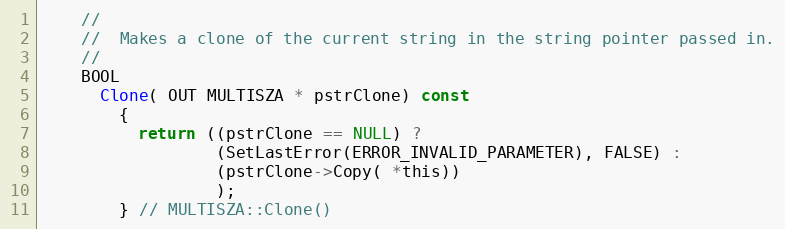
Language: C
    //
    //  Makes a clone of the current string in the string pointer passed in.
    //
    BOOL
      Clone( OUT MULTISZA * pstrClone) const
        {
          return ((pstrClone == NULL) ?
                  (SetLastError(ERROR_INVALID_PARAMETER), FALSE) :
                  (pstrClone->Copy( *this))
                  );
        } // MULTISZA::Clone()